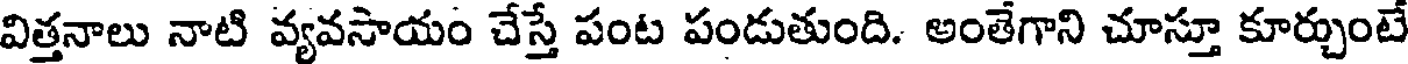
విత్తనాలు నాటి వ్యవసాయం చేస్తే పంట పండుతుంది. అంతేగాని చూస్తూ కూర్చుంటే